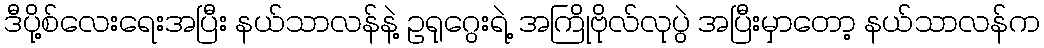
ဒီပို့စ်လေးရေးအပြီး နယ်သာလန်နဲ့ ဥရုဂွေးရဲ့ အကြိုဗိုလ်လုပွဲ အပြီးမှာတော့ နယ်သာလန်က